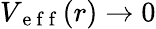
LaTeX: V_{\mathrm{~e~f~f~}}(r)\rightarrow 0